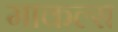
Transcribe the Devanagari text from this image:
माकल्स